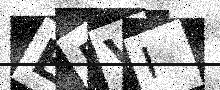
Text: ERVI